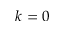
k = 0